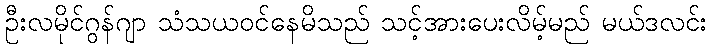
ဦးလမိုင်ဂွန်ဂျာ သံသယဝင်နေမိသည် သင့်အားပေးလိမ့်မည် မယ်ဒလင်း